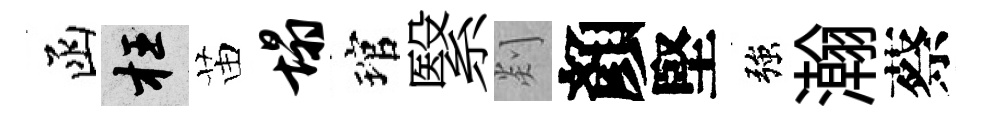
函枉苗塌琯繄剡顏堅強瀚蔡